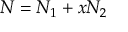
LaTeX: N = N _ { 1 } + x N _ { 2 }